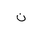
Letter: _non